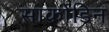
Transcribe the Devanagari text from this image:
सार्कोडिन